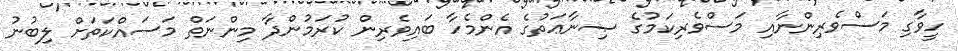
ހީވާގި މަސްވެރިންނާއި މަސްވެރިކަމުގެ ޞިނާޢަތުގެ އެންމެހާ ބައިވެރިން ކުރަމުންދާ މިންނަތް މަސައްކަތަށް ލިބުނު